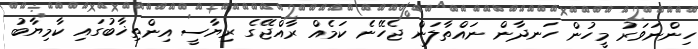
ހިންނަވަރު މީހުން ހަނދާން ނައްތާލަން ޖެހޭނެ ކަމެއް ރާއްޖޭގެ ރިޔާސީ އިންތިޚާބުގައި ކާމިޔާބު